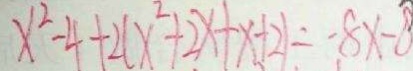
x ^ { 2 } - 4 + 2 ( x ^ { 2 } + 2 x + x + 2 ) = - 8 x - 8